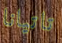
تاتيانا